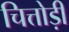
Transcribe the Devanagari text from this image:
चित्तोड़ी